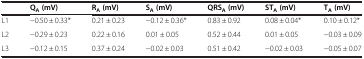
<table><thead><tr><td><b> </b></td><td><b>Q<sub>A</sub>(mV)</b></td><td><b>R<sub>A</sub>(mV)</b></td><td><b>S<sub>A</sub>(mV)</b></td><td><b>QRS<sub>A</sub>(mV)</b></td><td><b>ST<sub>A</sub>(mV)</b></td><td><b>T<sub>A</sub>(mV)</b></td></tr></thead><tbody><tr><td>L1</td><td>−0.50 ± 0.33*</td><td>0.21 ± 0.23</td><td>−0.12 ± 0.36*</td><td>0.83 ± 0.92</td><td>0.08 ± 0.04*</td><td>0.10 ± 0.12*</td></tr><tr><td>L2</td><td>−0.29 ± 0.23</td><td>0.22 ± 0.16</td><td>0.01 ± 0.05</td><td>0.52 ± 0.44</td><td>0.01 ± 0.05</td><td>−0.03 ± 0.09</td></tr><tr><td>L3</td><td>−0.12 ± 0.15</td><td>0.37 ± 0.24</td><td>−0.02 ± 0.03</td><td>0.51 ± 0.42</td><td>−0.02 ± 0.03</td><td>−0.05 ± 0.07</td></tr></tbody></table>